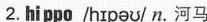
2.hippo /hɪpəʊ/ n. 河马